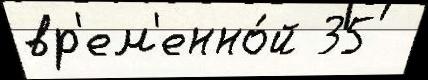
вр'ем'енно́й 35